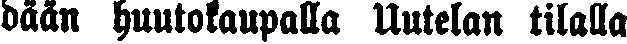
dään huutokaupalla Uutelan tilalla